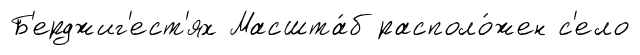
Б'ерджиг'ест'ях Масшта́б располо́жен с'ело